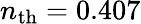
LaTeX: n_{\mathrm{th}}=0.407